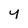
Character: y